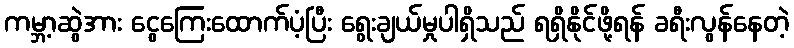
ကမ္ဘာ့ဆွဲအား ငွေကြေးထောက်ပံ့ပြီး ရွေးချယ်မှုပါရှိသည် ရရှိနိုင်ဖို့ရန် ခရီးလွန်နေတဲ့